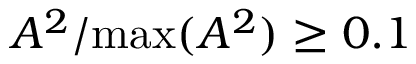
A ^ { 2 } / \mathrm { m a x } ( A ^ { 2 } ) \geq 0 . 1 \